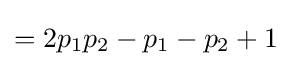
=2p_{1}p_{2}-p_{1}-p_{2}+1